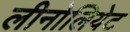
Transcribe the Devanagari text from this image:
लीनोलियेट